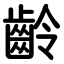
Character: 齡